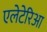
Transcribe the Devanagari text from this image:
एलेटेरिआ